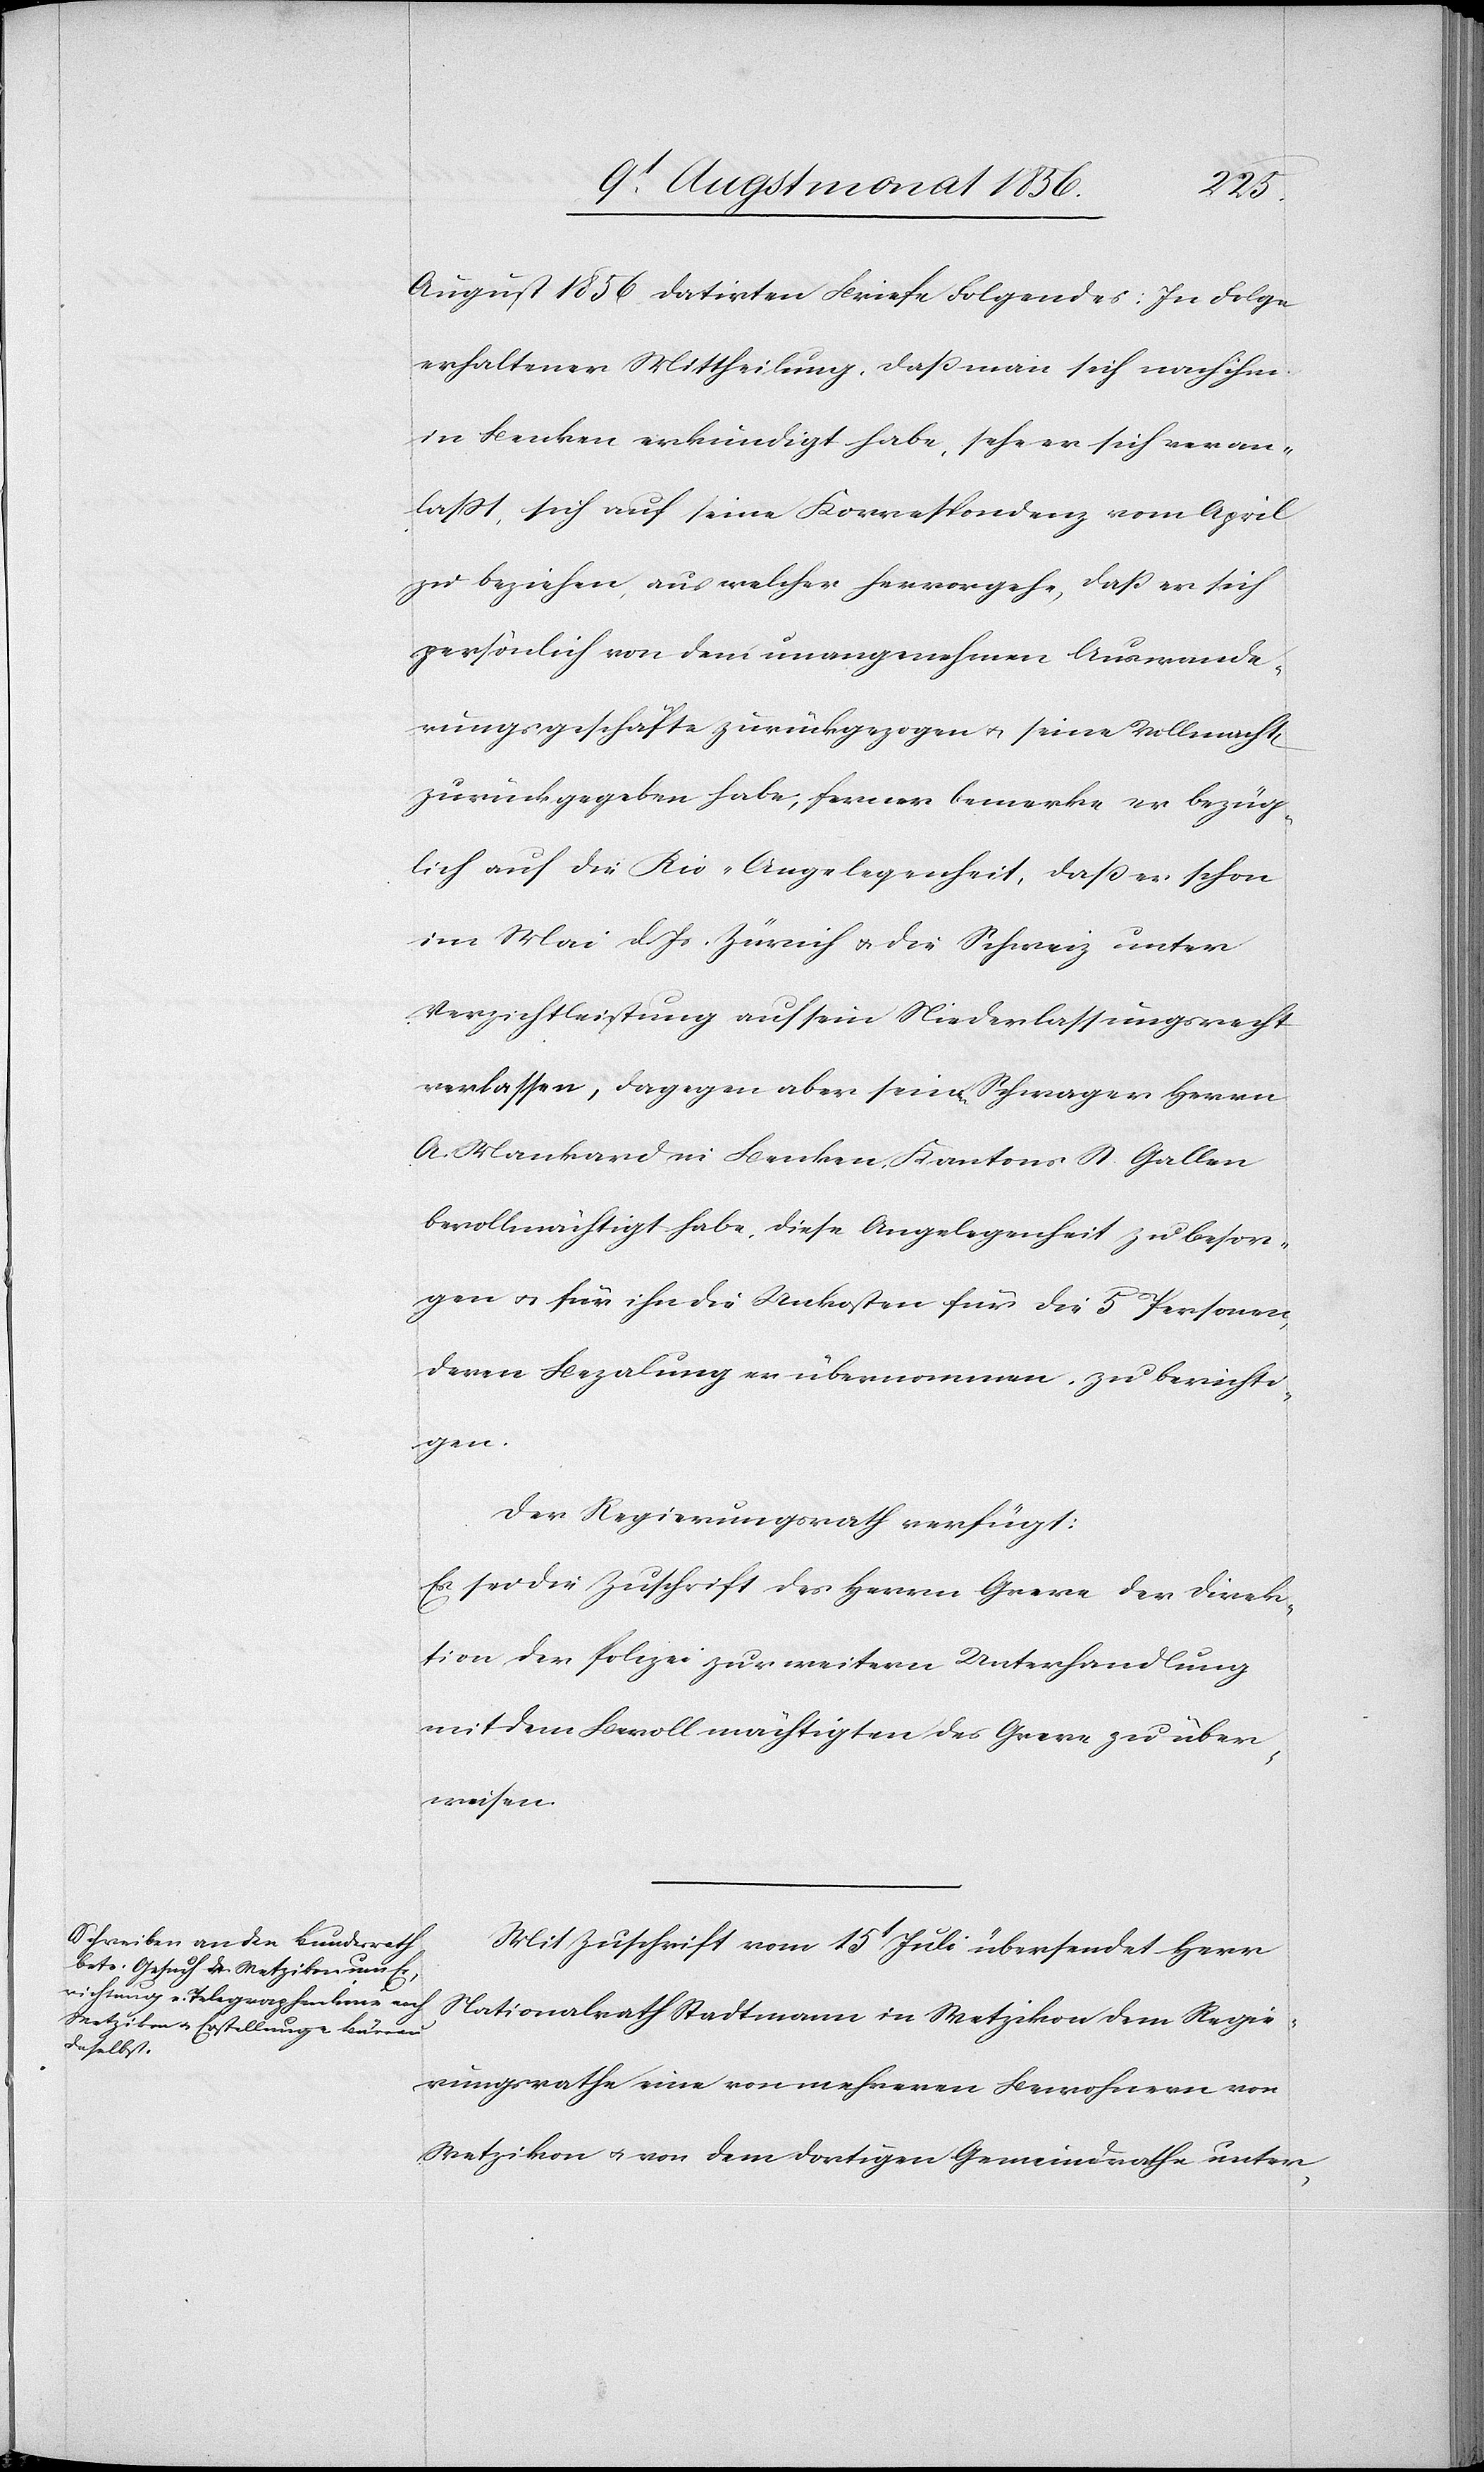
August 1856[“] datirten Briefe Folgendes: In Folge
erhaltener Mittheilung, dass man sich nach ihm
in Benken erkundigt habe, sehe er sich veran¬
lasst, sich auf seine Korrespondenz vom April
zu beziehen, aus welcher hervorgehe, dass er sich
persönlich von dem unangenehmen Auswande¬
rungsgeschäfte zurückgezogen u. seine Vollmacht
zurückgegeben habe; ferner bemerke er bezüg¬
lich auf die Rio-Angelegenheit, dass er schon
im Mai d. Js. Zürich u. die Schweiz unter
Verzichtleistung auf sein Niederlassungsrecht
verlassen, dagegen aber seinen Schwager Herrn
A. Mankard in Benken, Kantons St. Gallen
bevollmächtigt habe, diese Angelegenheit zu besor¬
gen u. für ihn die Unkosten für die 5 Personen,
deren Bezalung er übernommen, zu bericht¬
igen.
Der Regierungsrath verfügt:
Es sei die Zuschrift des Herrn Greve der Direk¬
tion der Polizei zur weitern Unterhandlung
mit dem Bevollmächtigten des Greve zu über¬
weisen.
Mit Zuschrift vom 15t Juli übersendet Herr
Nationalrath Stadtmann in Wetzikon dem Regie¬
rungsrathe eine von mehreren Bewohnern von
Wetzikon u. von dem dortigen Gemeindrathe unter-